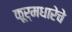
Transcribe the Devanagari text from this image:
कूर्मधारेचे